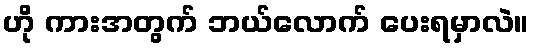
ဟို ကားအတွက် ဘယ်လောက် ပေးရမှာလဲ။